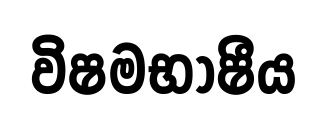
විෂමභාෂීය